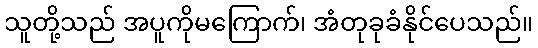
သူတို့သည် အပူကိုမကြောက်၊ အံတုခုခံနိုင်ပေသည်။